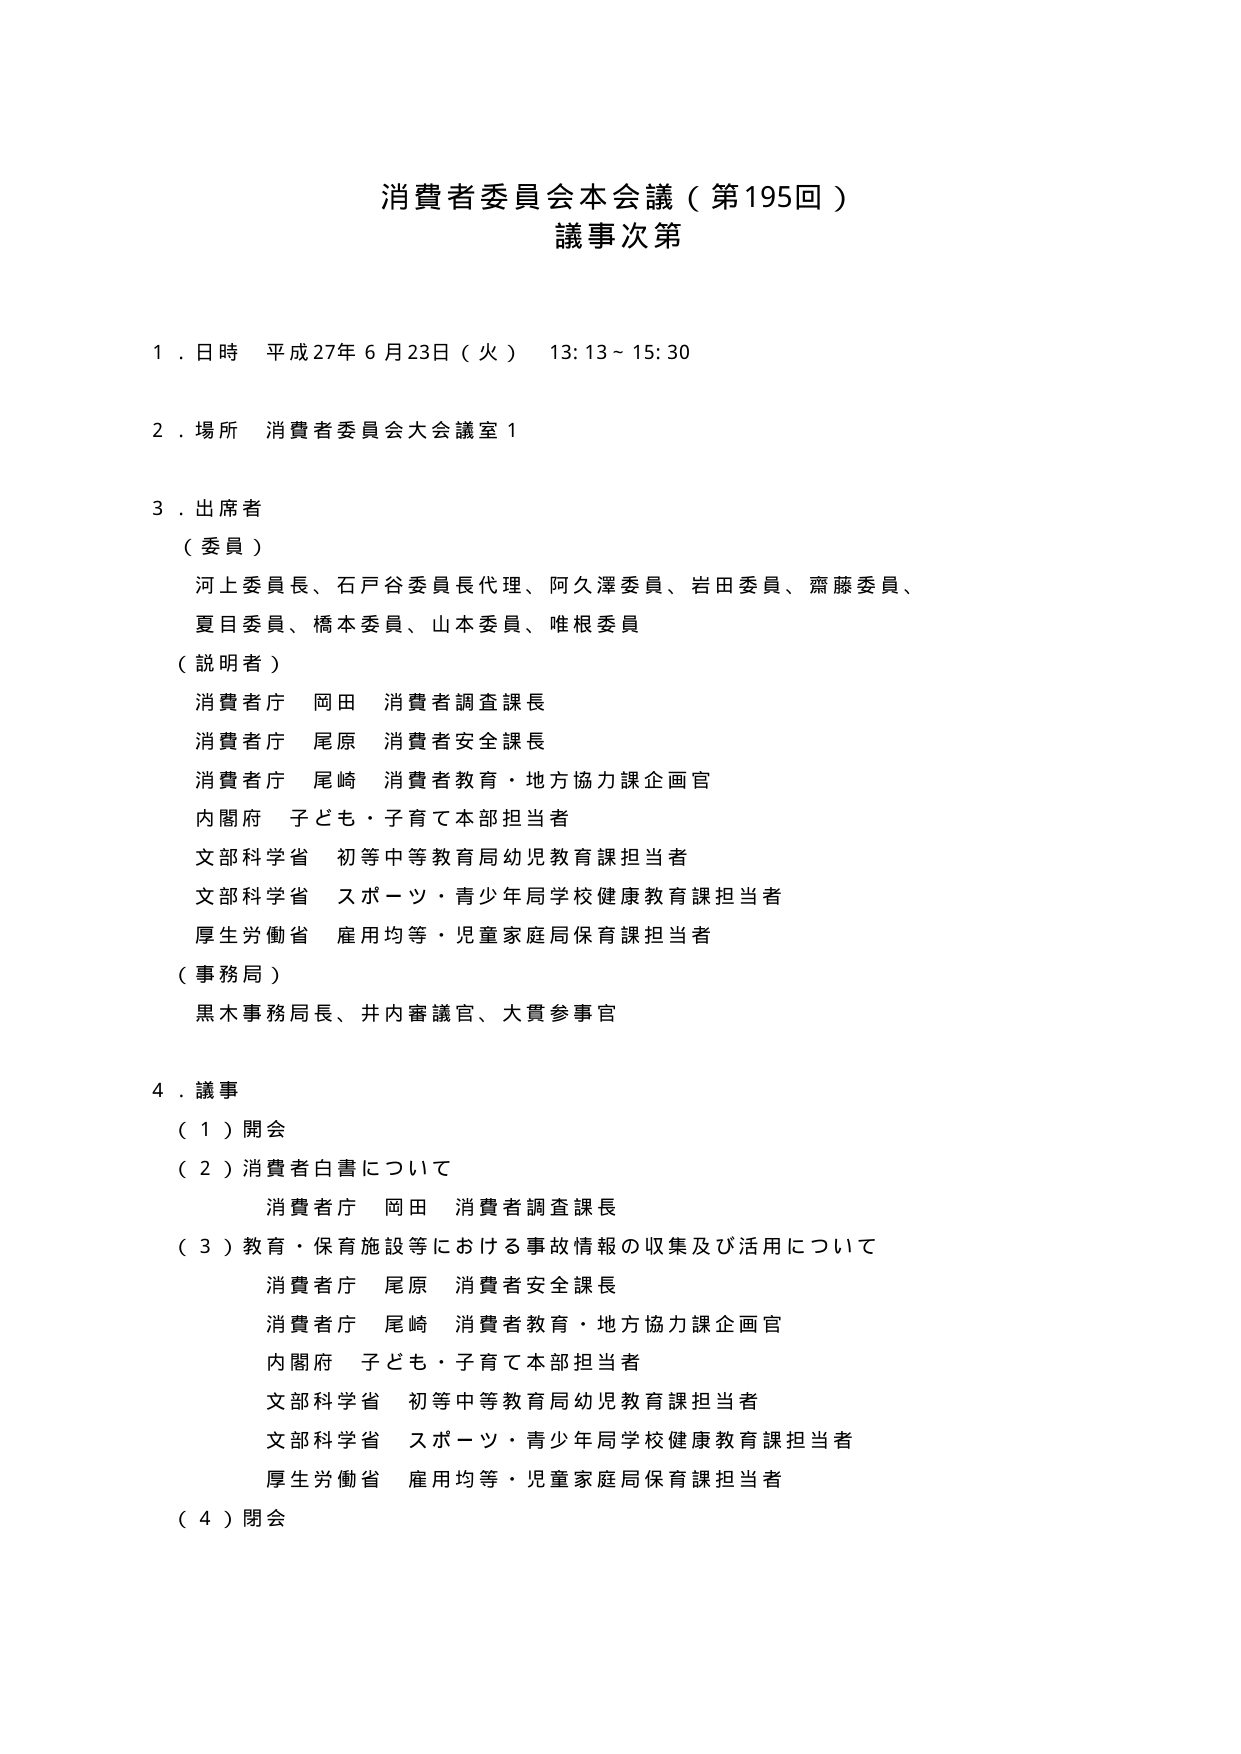
消費者委員会本会議（第195回）
議事次第

１．日時 平成27年６月23日（火） 13:13～15:30

２．場所 消費者委員会大会議室１

３．出席者
（委員）
　河上委員長、石戸谷委員長代理、阿久澤委員、岩田委員、齋藤委員、
　夏目委員、橋本委員、山本委員、唯根委員
（説明者）
　消費者庁 岡田 消費者調査課長
　消費者庁 尾原 消費者安全課長
　消費者庁 尾崎 消費者教育・地方協力課企画官
　内閣府 子ども・子育て本部担当者
　文部科学省 初等中等教育局幼児教育課担当者
　文部科学省 スポーツ・青少年局学校健康教育課担当者
　厚生労働省 雇用均等・児童家庭局保育課担当者
（事務局）
　黒木事務局長、井内審議官、大貫参事官

４．議事
（１）開会
（２）消費者白書について
　　消費者庁 岡田 消費者調査課長
（３）教育・保育施設等における事故情報の収集及び活用について
　　消費者庁 尾原 消費者安全課長
　　消費者庁 尾崎 消費者教育・地方協力課企画官
　　内閣府 子ども・子育て本部担当者
　　文部科学省 初等中等教育局幼児教育課担当者
　　文部科学省 スポーツ・青少年局学校健康教育課担当者
　　厚生労働省 雇用均等・児童家庭局保育課担当者
（４）閉会